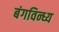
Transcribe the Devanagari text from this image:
बंगविन्ध्य